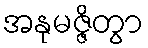
အနုမဇ္ဇိတွာ